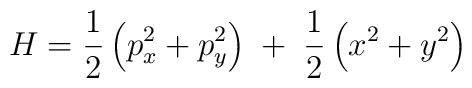
H = \frac{1}{2} \left( p^2_x + p^2_y \right) \; + \;			\frac{1}{2} \left( x^2 + y^2 \right) \nonumber